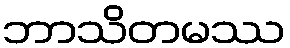
ဘာသိတမဿ